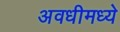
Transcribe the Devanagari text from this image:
अवधीमध्ये